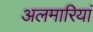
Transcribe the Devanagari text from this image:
अलमारियां